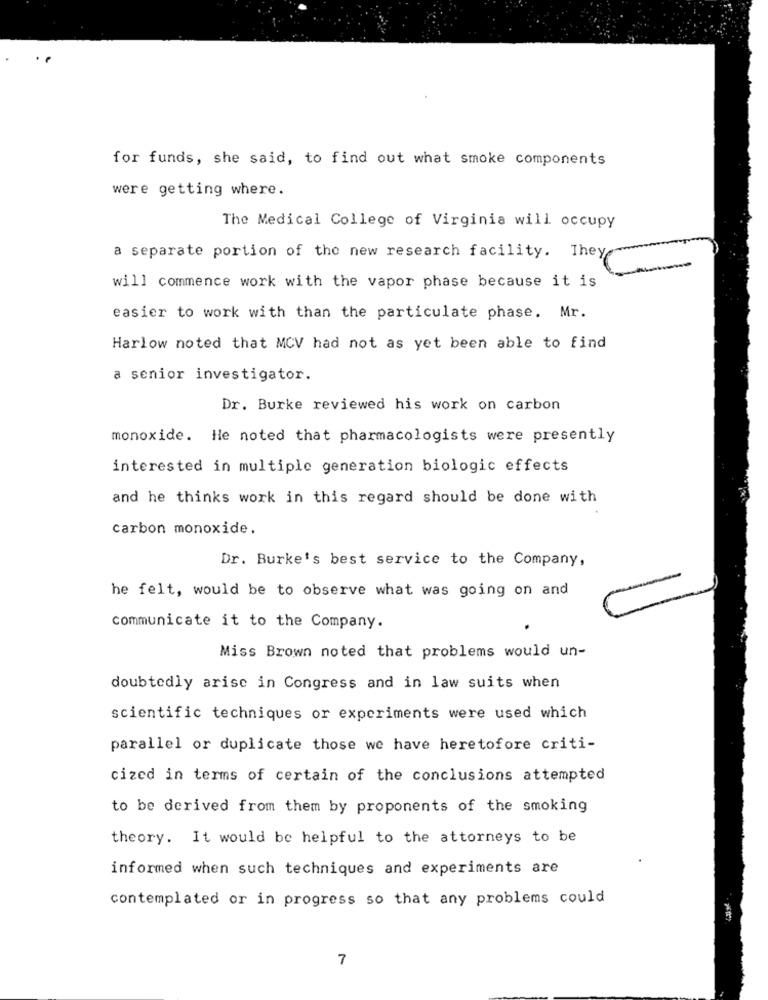
for funds, she said, to find out what smoke components
were getting where.
The Medical College of Virginia will occupy
a separate portion of the new research facility. They
will commence work with the vapor phase because it is
easier to work with than the particulate phase. Mr.
Harlow noted that MCV had not as yet been able to find
a senior investigator.
Dr. Burke reviewed his work on carbon
monoxide. He noted that pharmacologists were presently
interested in multiple generation biologic effects
and he thinks work in this regard should be done with
carbon monoxide.
Dr. Burke's best service to the Company,
he felt, would be to observe what was going on and
communicate it to the Company.
Miss Brown noted that problems would un-
doubtedly arise in Congress and in law suits when
scientific techniques or experiments were used which
parallel or duplicate those we have heretofore criti-
cized in terms of certain of the conclusions attempted
to be derived from them by proponents of the smoking
theory. It would be helpful to the attorneys to be
informed when such techniques and experiments are
contemplated or in progress so that any problems could
7